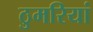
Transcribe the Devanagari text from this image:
ठुमरियां